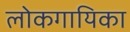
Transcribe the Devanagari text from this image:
लोकगायिका